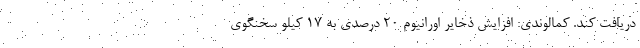
دریافت کند. کمالوندی: افزایش ذخایر اورانیوم ۲۰ درصدی به ۱۷ کیلو سخنگوی